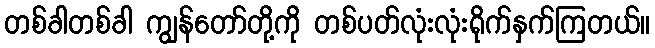
တစ်ခါတစ်ခါ ကျွန်တော်တို့ကို တစ်ပတ်လုံးလုံးရိုက်နှက်ကြတယ်။